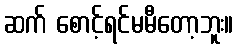
ဆက် စောင့်ရင်မမီတော့ဘူး။